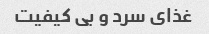
غذای سرد و بی کیفیت